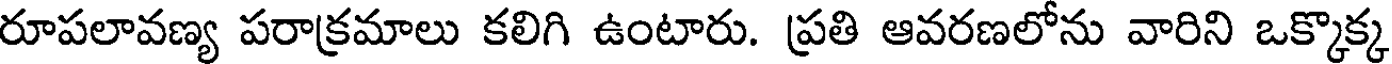
రూపలావణ్య పరాక్రమాలు కలిగి ఉంటారు. ప్రతి ఆవరణలోను వారిని ఒక్కొక్క